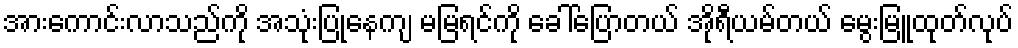
အားကောင်းလာသည်ကို အသုံးပြုနေကျ မမြရင်ကို ခေါ်ပြောတယ် အိုရီယမ်တယ် မွေးမြူထုတ်လုပ်